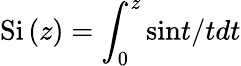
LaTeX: \mathrm{Si}\left(z\right)=\int_{0}^{z}\mathrm{sin}t/tdt